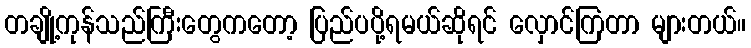
တချို့ကုန်သည်ကြီးတွေကတော့ ပြည်ပပို့ရမယ်ဆိုရင် လှောင်ကြတာ များတယ်။